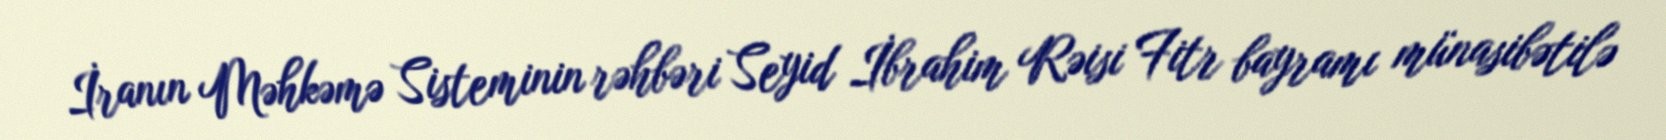
İranın Məhkəmə Sisteminin rəhbəri Seyid İbrahim Rəisi Fitr bayramı münasibətilə